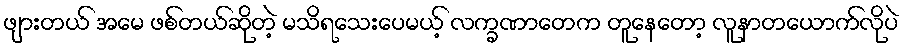
ဖျားတယ် အမေ ဖစ်တယ်ဆိုတဲ့ မသိရသေးပေမယ့် လက္ခဏာတေက တူနေတော့ လူနာတယောက်လိုပဲ